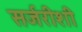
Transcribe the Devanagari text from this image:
सर्जरीशी